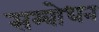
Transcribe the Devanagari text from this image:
सम्वोधन